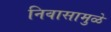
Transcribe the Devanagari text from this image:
निवासामुळे